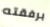
برفقته